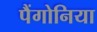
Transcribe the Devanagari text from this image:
पैंगोनिया